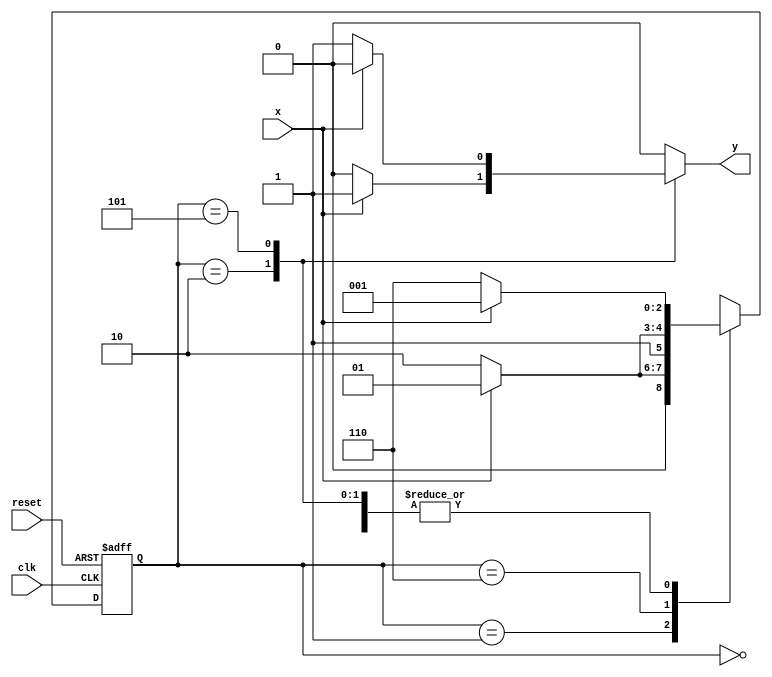
// ---------------------------
// Nome: Felipe Augusto Torres
// ---------------------------

`define found    1
`define notfound 0


module exercicio4_seq010_101 ( y, x, clk, reset );

	output y;
	input  x;
	input  clk;
	input  reset;

	reg    y;

	parameter     
		start  = 3'b000,
		id1    = 3'b001,
		id0    = 3'b110,
		id10   = 3'b010,
		id01   = 3'b101;

	reg [2:0] E1;
	reg [2:0] E2;	

	// next state logic
   always @( x or E1 )
		begin
		y = `notfound;

		case ( E1 )
			start:
				if ( x )
					E2 = id1;
				else
					E2 = id0;
				
			id1:
				if ( x )
					E2 = id1;
				else
					E2 = id10;

			id10:
				if ( x )
				begin
					E2 =  id1;
					y  = `found;
				end
				else
				begin
					E2 =  id0;
					y  = `notfound;
				end
			
			id0:
				if ( x )
					E2 = id01;
				else
					E2 = id0;

			id01:
				if ( x )
				begin
					E2 =  id1;
					y  = `notfound;
				end
				else
				begin
					E2 =  id0;
					y  = `found;
				end
	 
			default:   
				E2 =  3'bxxx;
		endcase
	  
		end 		

	
		always @( posedge clk or negedge reset )
		begin
			if ( reset )
				E1 = E2;    
							else
				E1 = 0;    
		end 

endmodule 

module Exercicio4;
	
	reg   clk, reset, x;
	wire  m1;

	exercicio4_seq010_101 M4( m1, x, clk, reset );

	initial
	begin
		 $display("Andre Sulivam 391998");
$display("Guia 11 Ex:04\n");
		$display("Time\tX   Seq 101|010" );



       clk   = 1;
       reset = 0;
       x     = 0;

	
		#10   reset = 1;
		#10  x = 1;
		#10  x = 0;
		#10  x = 0;
		#10  x = 1;
		#10  x = 0;
		#10  x = 1;
		#10  x = 1;
		#10  x = 1;
		#10  x = 1;
		#10  x = 0;
		#10  x = 1;
		#10  x = 1;
		#10  x = 1;
		#10  x = 0;
		#10  x = 1;
		#10  x = 0;
		#10  x = 0;
		#10  x = 0;
		
		#5 $finish;
	
	end 

	always
		#5 clk = ~clk;

	always @( posedge clk )
	begin
		$display ( "%4d \t%b\t%b", $time, x, m1);
	end 

endmodule